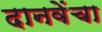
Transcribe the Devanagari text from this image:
दानवेंचा